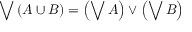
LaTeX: \bigvee \left( A \cup B \right) = \left( \bigvee A \right) \vee \left( \bigvee B \right)